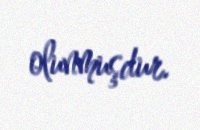
olunmuşdur.